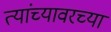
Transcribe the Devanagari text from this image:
त्यांच्यावरच्या